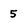
Character: 5